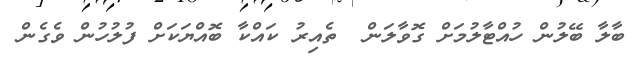
ބާލާ ބޭލުން ހުއްޓާލުމަށް ގޮވާލަން  ތެއިރު ކައްކާ ބޮއްޔަކަށް ފުލުހުން ވެގެން